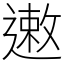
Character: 遫